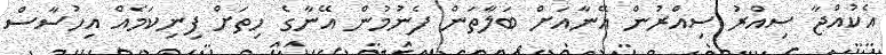
އެކުއްޖާ ސިއްރު ސިއްރުން އޭނާއަށް ބަލާތަން ފެނުމުން އޭނާގެ ހިތަށް ފިނިކަމެއް އިހުސާސް